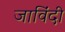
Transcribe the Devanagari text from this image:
जाविंदी